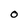
Character: O